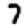
Digit: 7